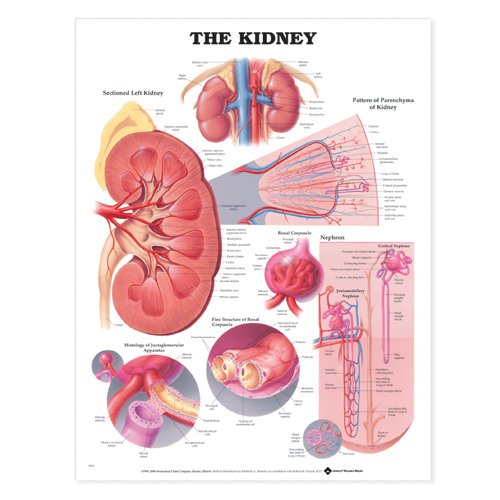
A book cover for The Kidney Anatomical Chart; Anatomical Chart Company; Medical Books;